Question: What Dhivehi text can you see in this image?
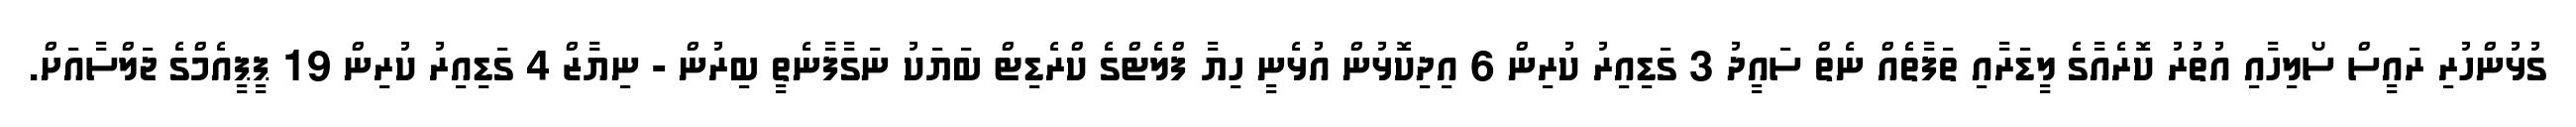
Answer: ގުޅުންހުރި ރައީސް ސޯލިހާއި އުތުރު ކޮރެއާގެ ލީޑަރާއި ތަފާތެއް ނެތް ސައީދު 3 ގަޑިއިރު ކުރިން 6 އިދިކޮޅުން އުޅެނީ ހިޔާ ފްލެޓްގެ ކްރެޑިޓް ބަޔަކު ނަގާފާނެތީ ބިރުން - ނިޔާޒް 4 ގަޑިއިރު ކުރިން 19 ޕީޕީއެމްގެ ޖަލްސާއަށް.